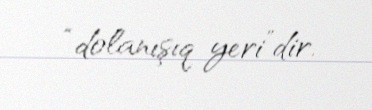
“dolanışıq yeri”dir.